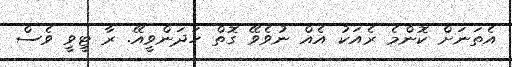
އެތަނަށް ކޮންމެ ރެއަކު އެއް ނުވެވޭ ގޮތް ހަދަންވީއޭ. ރާ ޓީވީ ވެސް